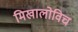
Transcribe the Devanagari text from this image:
मिखालोविच